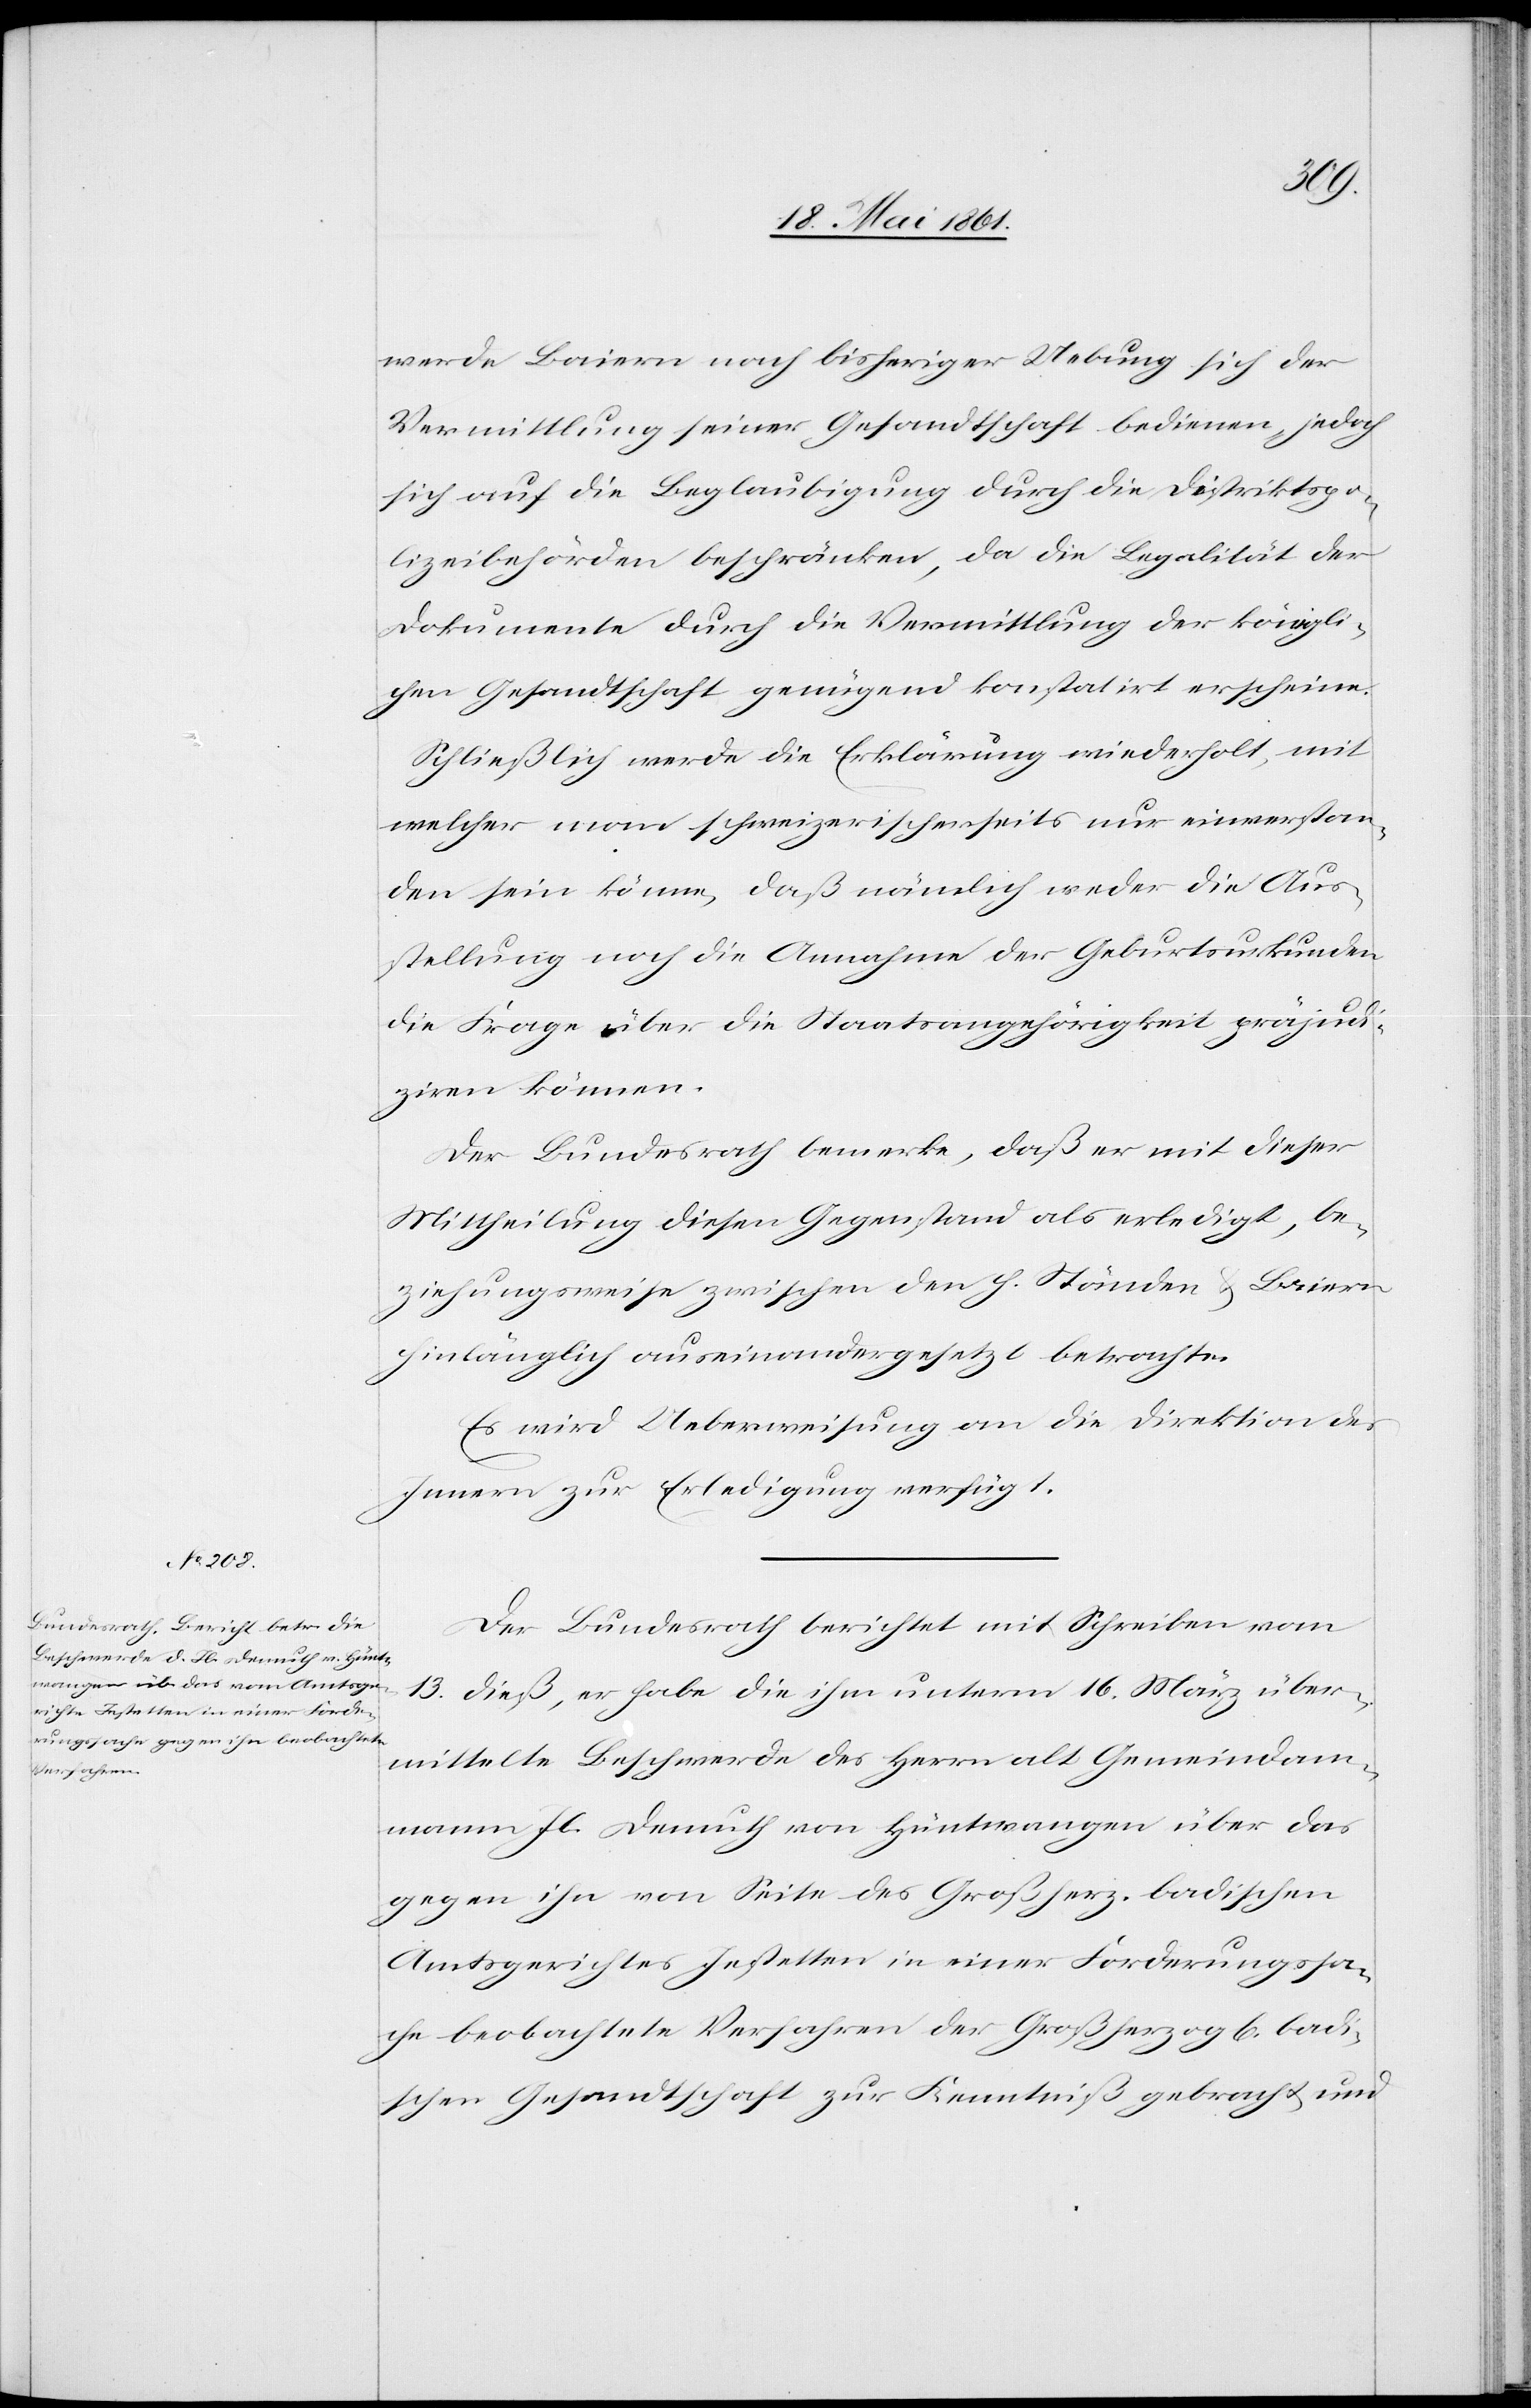
werde Baiern nach bisheriger Uebung sich der
Vermittlung seiner Gesandtschaft bedienen, jedoch
sich auf die Beglaubigung durch die Distriktpo¬
lizeibehörden beschränken, da die Legalität der
Dokumente durch die Vermittlung der königli¬
chen Gesandtschaft genügend konstatirt erscheine.
Schließlich werde die Erklärung wiederholt, mit
welcher man schweizerischerseits nur einverstan¬
den sein könne, daß nämlich weder die Aus¬
stellung noch die Annahme der Geburtsurkunden
die Frage über die Staatsangehörigkeit präjudi¬
ziren können.
Der Bundesrath bemerke, daß er mit dieser
Mittheilung diesen Gegenstand als erledigt, be¬
ziehungsweise zwischen den h. Ständen u. Baiern
hinlänglich auseinandergesetzt betrachte.
Es wird Ueberweisung an die Direktion des
Innern zur Erledigung verfügt.
Der Bundesrath berichtet mit Schreiben vom
13. dieß, er habe die ihm unterm 16. März über¬
mittelte Beschwerde des Herrn alt Gemeindam¬
mann Jb. Demuth von Hüntwangen über das
gegen ihn von Seite des Großherz. badischen
Amtsgerichtes Jestetten in einer Forderungssa¬
che beobachtete Verfahren der Großherzog[lichen] badi¬
schen Gesandtschaft zur Kenntniß gebracht und